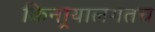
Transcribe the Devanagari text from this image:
किनार्‍यालगतच